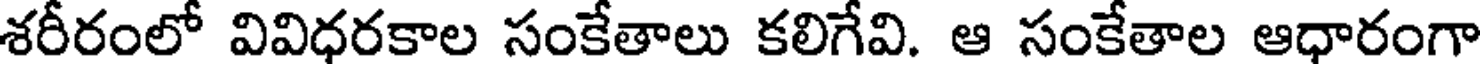
శరీరంలో వివిధరకాల సంకేతాలు కలిగేవి. ఆ సంకేతాల ఆధారంగా